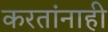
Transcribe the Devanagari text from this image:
करतांनाही